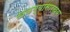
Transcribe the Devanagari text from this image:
खळग्यासारख्या